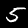
Label: 5